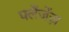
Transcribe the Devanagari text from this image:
फ्लैंजेंज़